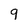
Character: 9